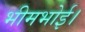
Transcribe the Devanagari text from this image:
भीमभोई।